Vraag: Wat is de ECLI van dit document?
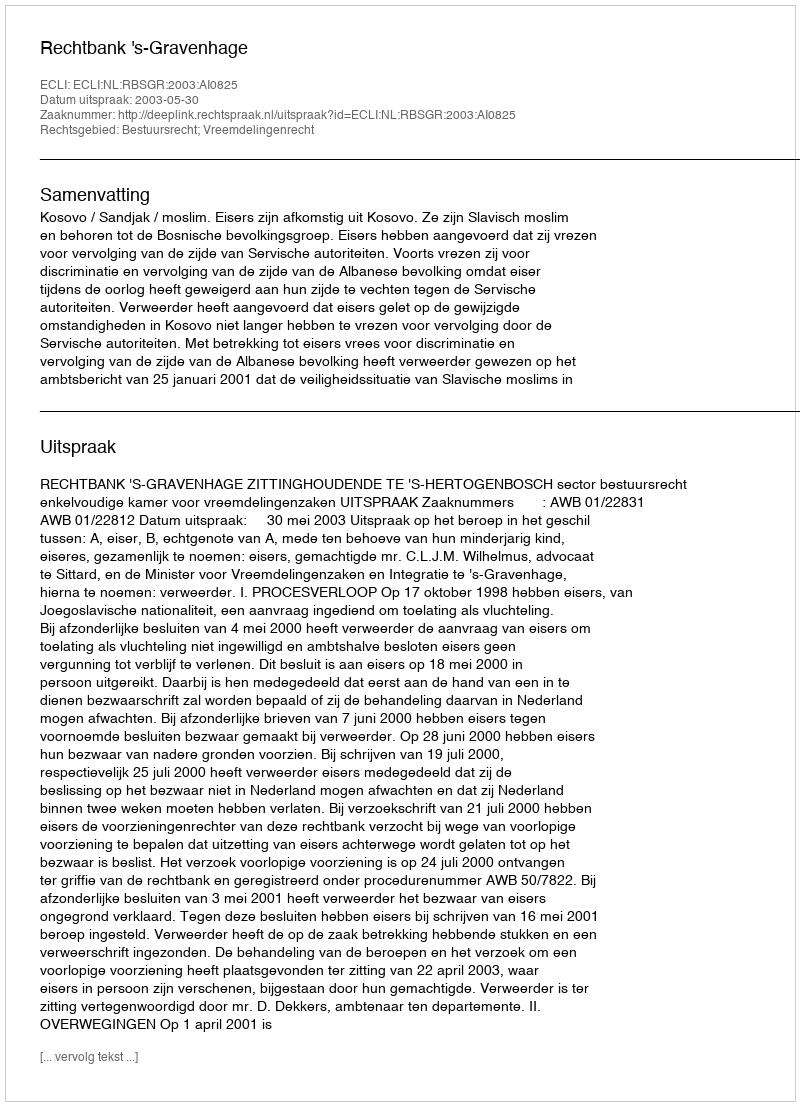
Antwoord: ECLI:NL:RBSGR:2003:AI0825